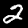
Digit: 2